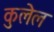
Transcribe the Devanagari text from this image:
कुलेल